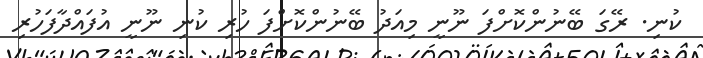
ކުނި. ރޭގަ ބޭނުންކޮށްފަ ނޫނީ މިއަދު ބޭނުންކޮށްފަ ހުރި ކުނި ނޫނީ އުފައްދާފަހުރި